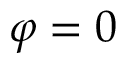
\varphi = 0